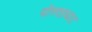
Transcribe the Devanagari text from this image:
पोस्ताघाट